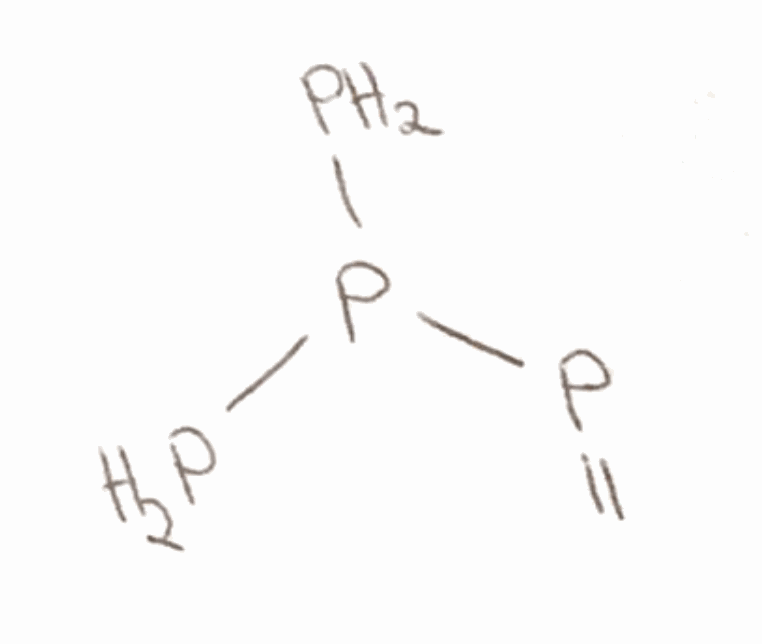
Simplified molecular-input line-entry system (SMILES) notation of the given molecule:
C=PP(P)P